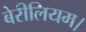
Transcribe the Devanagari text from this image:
बेरीलियम।